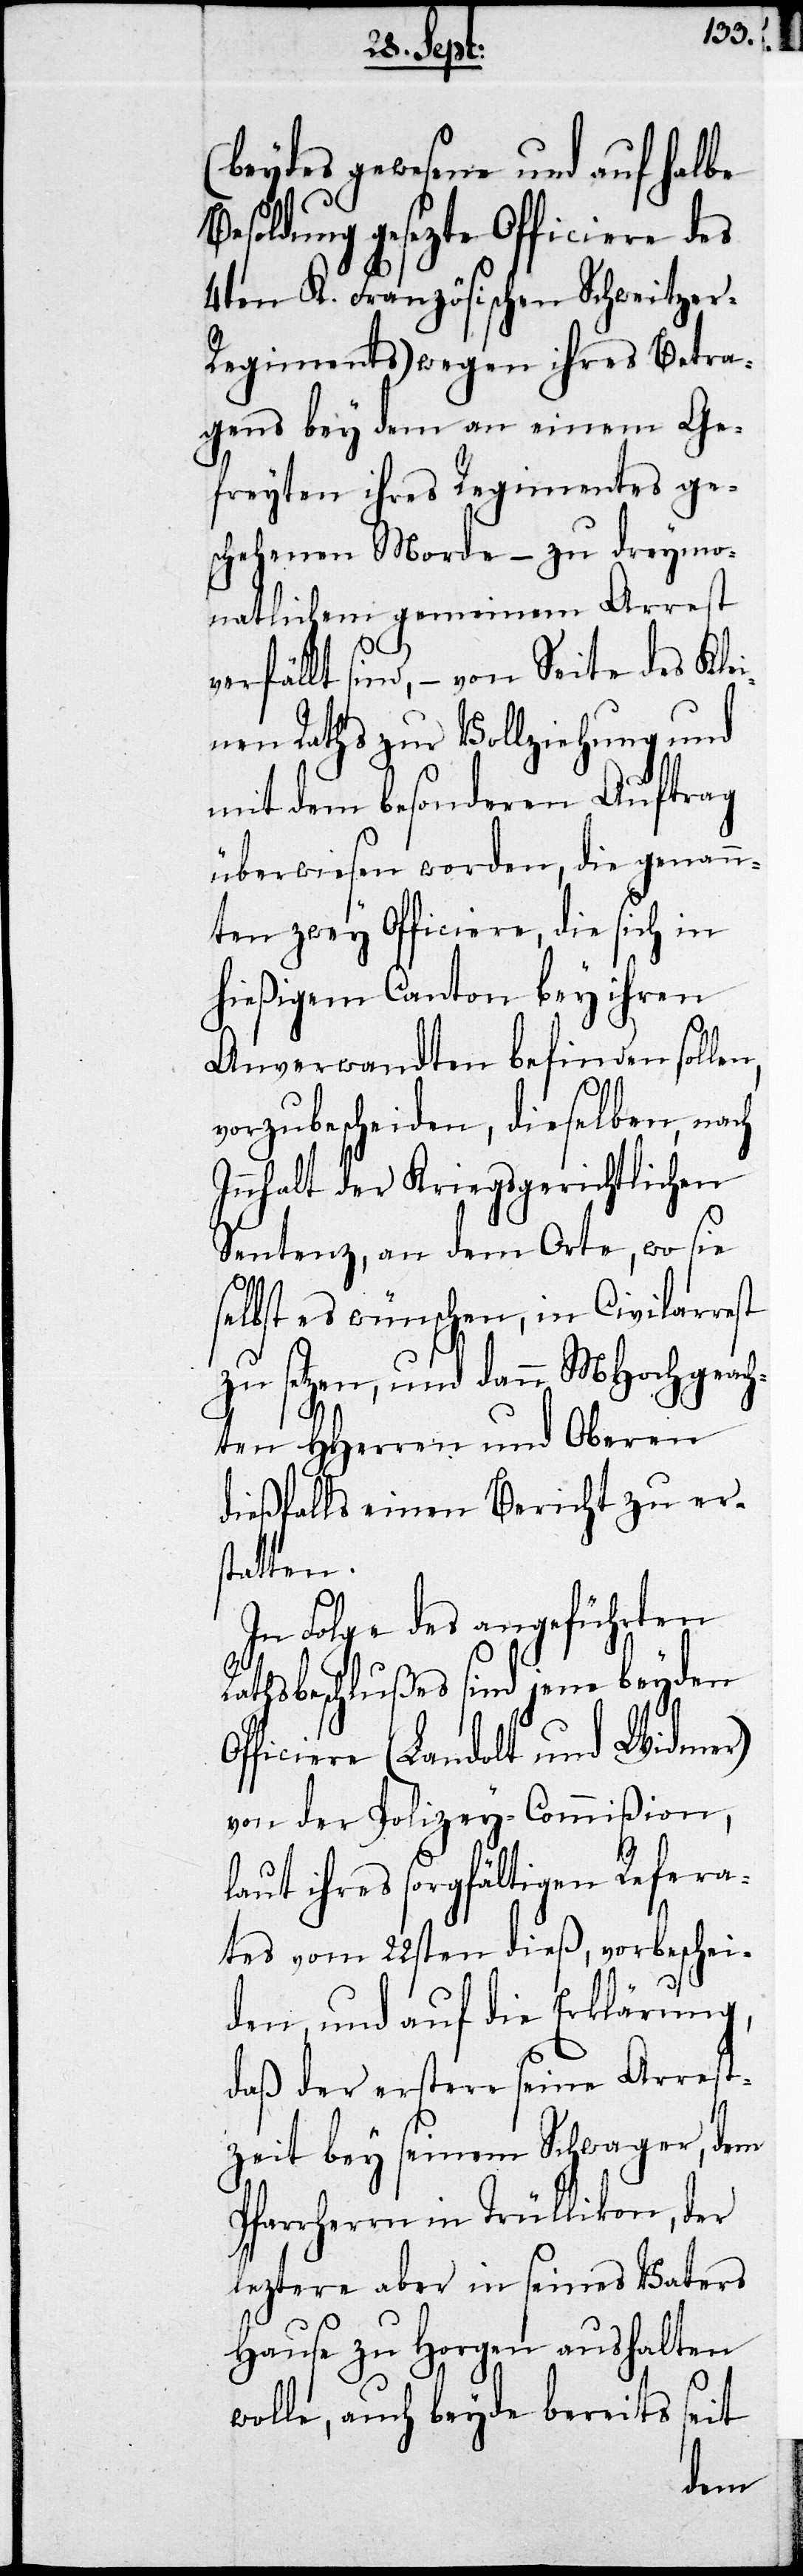
(beydes gewesene und auf halbe
Besoldung gesetzte Officiere des
4ten K. Französischen Schweitze¬
r-Regiments) wegen ihres Betra¬
gens bey dem an einem Ge¬
freyten ihres Regiments ge¬
schehenen Morde – zu dreymo¬
natlichem gemeinen Arrest
verfällt sind, – von Seite des Kle¬
inen Raths zur Vollziehung und
mit dem besonderen Auftrag
überwiesen worden, die genann¬
ten zwey Officiers, die sich in
hießigem Canton bey ihren
Anverwandten befinden sollen,
vorzubescheiden, dieselben nach
Innhalt der Kreisgerichtlichen
Sentenz, an dem Orte, wo sie
selbst es wünschen, im Civilarrest
zu setzen, und dann MHochgeach¬
ten HHerren und Oberen
dießfalls einen Bericht zu ers¬
tatten.
In Folge des angeführten
Rathsbeschlußes sind jene beyden
Officiere (Landolt und Widmer)
von der Polizey-Commißion,
laut ihres sorgfältigen Refera¬
tes vom 22sten dieß, vorbeschei¬
den, und auf die Erklärung,
daß der erstere seine Arrest¬
zeit bey seinem Schwager, dem
Pfarrherrn in Trüllikon, der
leztere aber in seines Vaters
Hause zu Horgen aushalten
wolle, auch beyde bereits seit